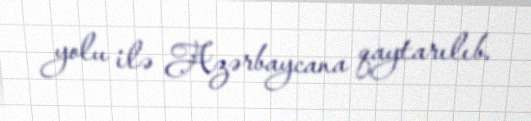
yolu ilə Azərbaycana qaytarılıb.